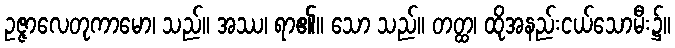
ဥဇ္ဇာလေတုကာမော၊ သည်။ အဿ၊ ရာ၏။ သော သည်။ တတ္ထ၊ ထိုအနည်းငယ်သောမီး၌။